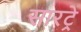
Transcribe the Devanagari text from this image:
सारट्रे